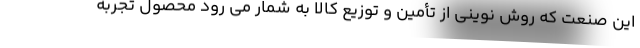
این صنعت که روش نوینی از تأمین و توزیع کالا به شمار می رود محصول تجربه